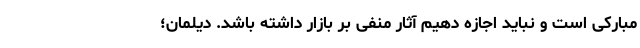
مبارکی است و نباید اجازه دهیم آثار منفی بر بازار داشته باشد. دیلمان؛